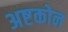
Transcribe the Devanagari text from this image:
अष्टकोन